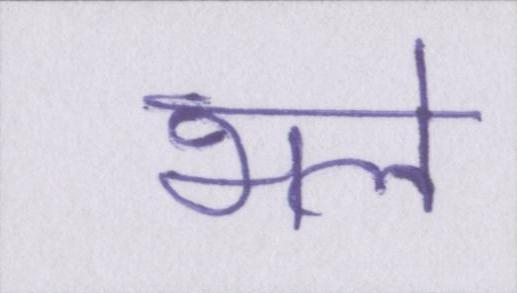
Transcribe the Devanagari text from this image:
भले